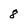
Character: 8